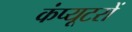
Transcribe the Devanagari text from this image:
कंप्‍यूटरों